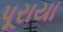
પૂરાયા